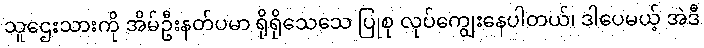
သူဌေးသားကို အိမ်ဦးနတ်ပမာ ရိုရိုသေသေ ပြုစု လုပ်ကျွေးနေပါတယ်၊ ဒါပေမယ့် အဲဒီ